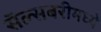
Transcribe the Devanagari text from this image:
सॅल्सबरीमध्ये